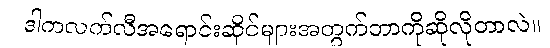
ဒါကလက်လီအရောင်းဆိုင်များအတွက်ဘာကိုဆိုလိုတာလဲ။